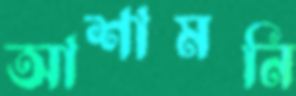
আশামনি